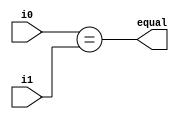
module comparator(equal, i0, i1);
input [31:0] i0,i1;
output equal;


assign equal=(i0==i1);
endmodule